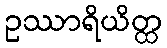
ဥဿာရိယိတ္ထ